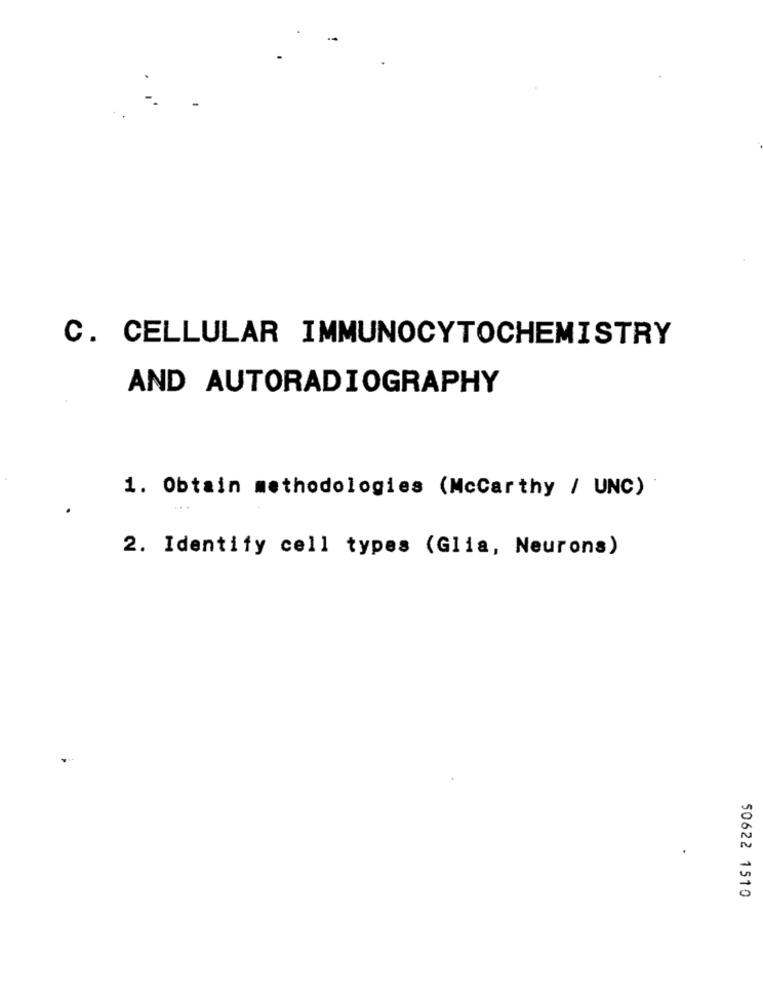
C. CELLULAR IMMUNOCYTOCHEMISTRY
AND AUTORADIOGRAPHY
1. Obtain methodologies (Mccarthy / UNC)
2. Identify cell types (Glia, Neurons)
50622 1510